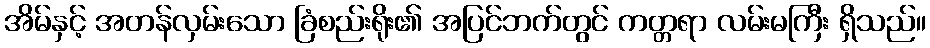
အိမ်နှင့် အတန်လှမ်းသော ခြံစည်းရိုး၏ အပြင်ဘက်တွင် ကတ္တရာ လမ်းမကြီး ရှိသည်။